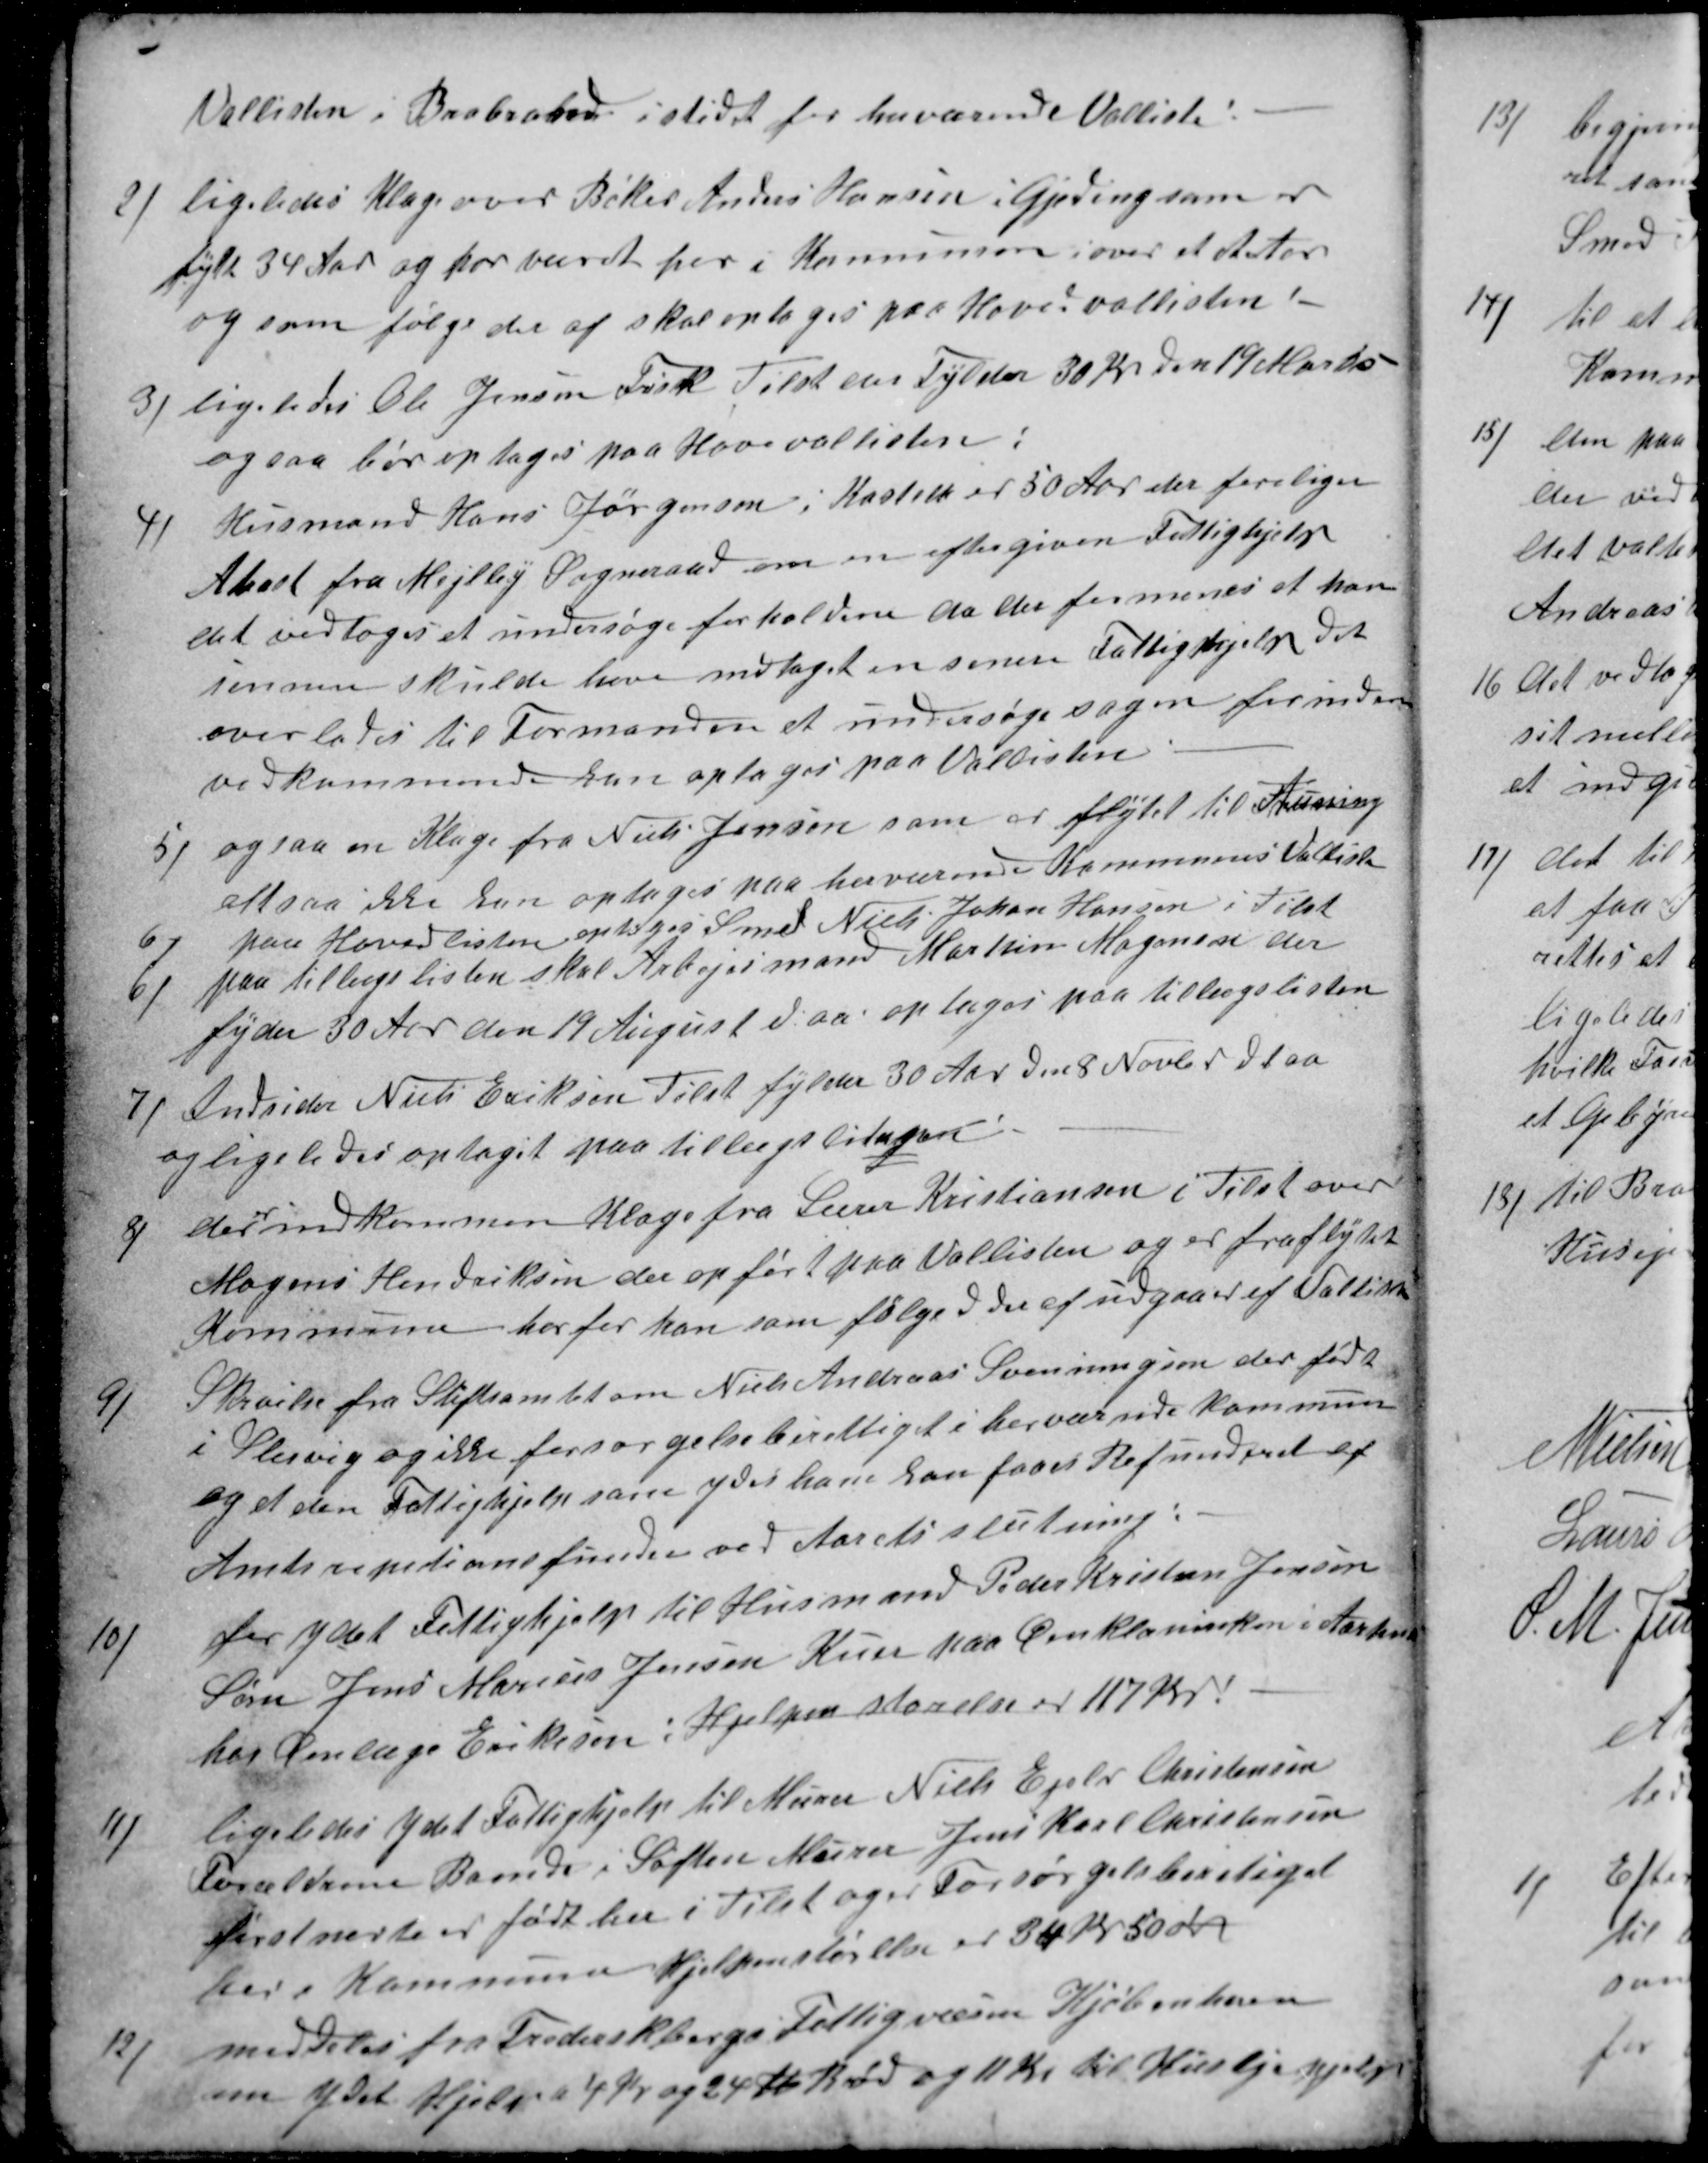
Transskription:
Vallisten i Brabrand i stedet for herværende Valliste.
2)
ligeledes Klage over Bøker Anders Hansen i Gjeding som er
fylt 34 Aar og har været her i Kommunen i over et Aarti
og som følge der af skal optages paa Hovedvallisten.
3)
ligeledes Ole Jensen Frisk Tilst der Fylder 30 Aar den 19 Marts-
ogsaa bør optages paa Hovevallisten:
4)
Husmand Hans Jørgensen i Kasted er 50 Aar der foreliger
Atest fra Mejlby Sogneraad om en eftergiven Fattighjelp
det vedtoges at undersøge forholdene da der formenes at han
senere skulde have modtaget en senere Fattighjelp det
overlodes til Formanden et undersøge sagen forinden
vedkommende kan optages paa Vallisten
5)
ogsaa en Klage fra Niels Jensen som er flytet til Auning
altsaa ikke kan optages paa herværende Kommunes Valliste
6)
paa Hovedlisten optoges Smed Niels Johan Hansen i Tilst
6)
paa tillægslisten skal Arbejsmand Marthin Mogensen der
fyder 30 Aar den 19 August d. aa optages paa tillægslisten
7)
Indsider Niels Eriksen Tilst fylder 30 Aar den 8 Novbr. dt aa
og ligeledes optaget paa tillægslisten.
8)
der
er
indkommen Klage fra Lærer Kristiansen i Tilst over
Mogens Hendriksen der opført paa Vallisten og er fraflytet
Kommune horfor han som følged deraf udgaaer af Vallisten
9)
Skrivelse fra Stiftsamtet om Niels Andreas Svenningson der født
i Slesvig og ikke forsørgelsesberettiget i herværende Kommune
og at den Fattighjælp som ydes ham kan faaes Refunderet af
Amtsrepetionsfunden ved Aarets slutning:
10)
for ydet Fattighjelp til Husmand Peder Kristen Jensen
Søns Jens Marius Jensen Kuer paa Øinklaninken i Aarhus
hos Øinlæge Eriksson: Hjelpen størelse er 117 Kr.
11)
ligeledes ydet Fattighjælp til Murer Niels Ejelr Christensen
Forældrene Boende i Søften Murer Jens Karl Christensen
førstnevnte er født her i Tilst og Forsørgelsberetiget
her i Kommunen Hjelpens størelse er 34 Kr 50 ør
12)
meddeles fra Frederikbergs Fattigvæsen Kjøbenhavn
om ydet Hjelp a 4 Kr og 24 ℔ Brød og 11 Kr. til Huslejehjelp